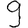
Digit: 9